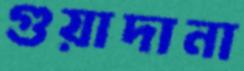
গুয়াদানা